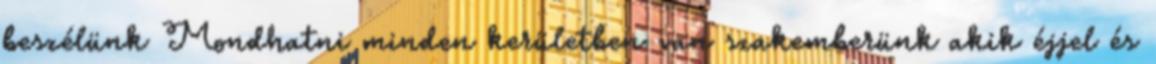
beszélünk Mondhatni minden kerületben van szakemberünk akik éjjel és